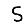
Digit: 5